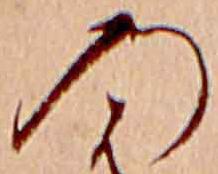
の